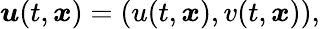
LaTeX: \boldsymbol{u}(t,\boldsymbol{x})=(u(t,\boldsymbol{x}),v(t,\boldsymbol{x})),